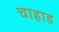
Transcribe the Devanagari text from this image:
चाहाड